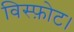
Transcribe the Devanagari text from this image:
विस्फ़ोट।